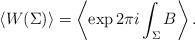
LaTeX: \begin{align*}\left<W (\Sigma) \right> = \left<\exp 2 \pi i \int_\Sigma B \right> .\end{align*}